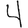
Digit: 4